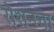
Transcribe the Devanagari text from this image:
रोशनचा